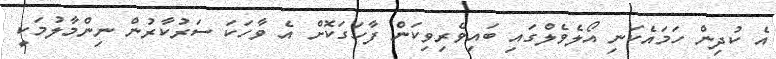
އެ ކުދިން ހަމައެކަނި އޯލެވެލްގައި ބައިވެރިވިކަން ފާހަގަކޮށް އެ ވާހަކަ ސަރުކާރުން ނިންމާލުމަކީ